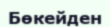
Бөкейден